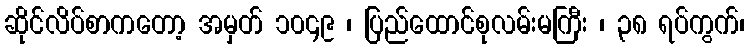
ဆိုင်လိပ်စာကတော့ အမှတ် ၁၀၄၉ ၊ ပြည်ထောင်စုလမ်းမကြီး ၊ ၃၈ ရပ်ကွက်၊